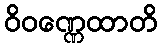
ဝိဝဏ္ဏေထာတိ